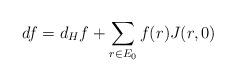
\begin{align*} df= d_Hf + \sum_{r\in E_{0}} f(r)J(r,0)\end{align*}